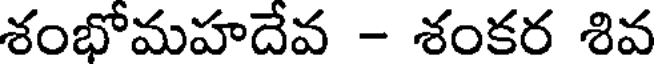
శంభోమహదేవ - శంకర శివ